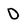
Character: 0